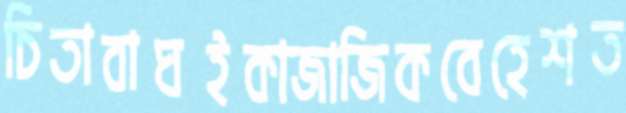
চিতাবাঘইকাজাজিকবেহেশত